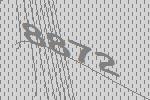
8872